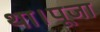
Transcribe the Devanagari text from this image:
था।पूजा